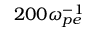
2 0 0 \omega _ { p e } ^ { - 1 }